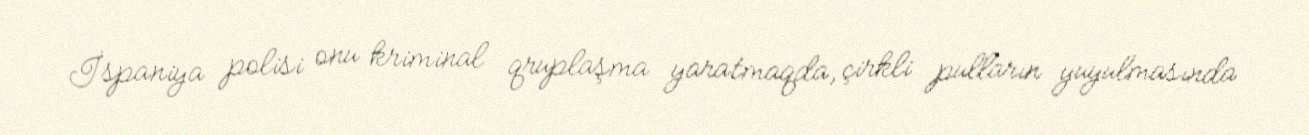
İspaniya polisi onu kriminal qruplaşma yaratmaqda, çirkli pulların yuyulmasında